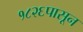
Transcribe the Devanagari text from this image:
१८२६पासून